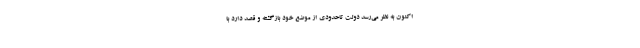
اکنون به نظر می‌رسد دولت تاحدودی از موضع خود بازگشته و قصد دارد با